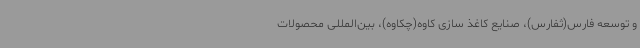
و توسعه فارس(ثفارس)، صنایع کاغذ سازی کاوه(چکاوه)، بین‌المللی محصولات